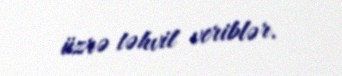
üzrə təhvil veriblər.